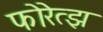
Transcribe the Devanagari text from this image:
फोरेत्झ